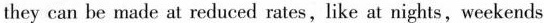
they can be made at reduced rates, like at nights,weekends